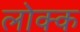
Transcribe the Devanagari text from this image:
लोक्क